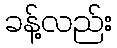
ခန့်လည်း